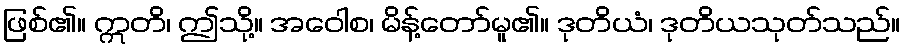
ဖြစ်၏။ ဣတိ၊ ဤသို့။ အဝေါစ၊ မိန့်တော်မူ၏။ ဒုတိယံ၊ ဒုတိယသုတ်သည်။